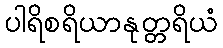
ပါရိစရိယာနုတ္တရိယံ